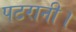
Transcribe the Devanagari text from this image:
पटरानी।